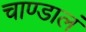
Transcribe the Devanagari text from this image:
चाण्डालं